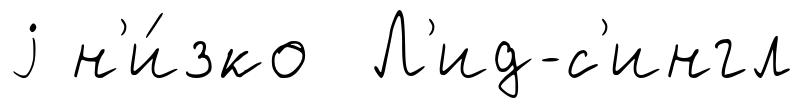
j н'и́зко Л'ид-с'ингл